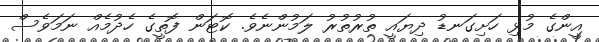
އީންގެ މުޅި ހަށިގަނޑު ދިޔައީ ތުރުތުރު ލަމުންނެވެ. ކޮޓަން ފޮތީގެ ހެދުމެއް ނަމަވެސް